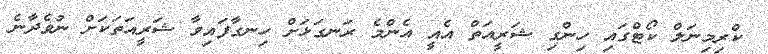
ކްރިމިނަލް ކޯޓްގައި ހިންގި ޝަރީއަތް އެއީ އެންމެ ރަނގަޅަށް ހިނގާފައިވާ ޝަރީއަތަކަށް ނުވެދާނެ